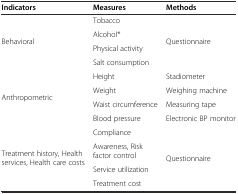
<table><thead><tr><td><b>Indicators</b></td><td><b>Measures</b></td><td><b>Methods</b></td></tr></thead><tbody><tr><td rowspan="4">Behavioral</td><td>Tobacco</td><td rowspan="4">Questionnaire</td></tr><tr><td>Alcohol*</td></tr><tr><td>Physical activity</td></tr><tr><td>Salt consumption</td></tr><tr><td rowspan="4">Anthropometric</td><td>Height</td><td>Stadiometer</td></tr><tr><td>Weight</td><td>Weighing machine</td></tr><tr><td>Waist circumference</td><td>Measuring tape</td></tr><tr><td>Blood pressure</td><td>Electronic BP monitor</td></tr><tr><td rowspan="4">Treatment history, Health services, Health care costs</td><td>Compliance</td><td rowspan="4">Questionnaire</td></tr><tr><td>Awareness, Risk factor control</td></tr><tr><td>Service utilization</td></tr><tr><td>Treatment cost</td></tr></tbody></table>